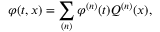
\varphi ( t , x ) = \sum _ { ( n ) } \varphi ^ { ( n ) } ( t ) Q ^ { ( n ) } ( x ) ,